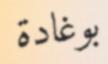
بوغادة